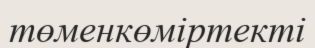
төменкөміртекті